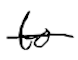
Text: to
Cross-out: single-line
Writing tool: digital_black